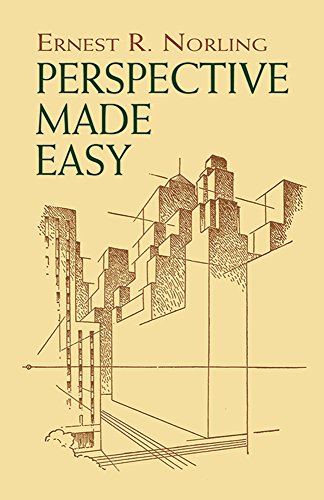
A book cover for Perspective Made Easy (Dover Art Instruction); Ernest R. Norling; Engineering & Transportation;